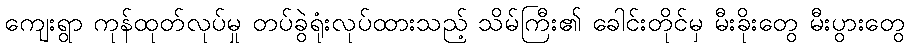
ကျေးရွာ ကုန်ထုတ်လုပ်မှု တပ်ခွဲရုံးလုပ်ထားသည့် သိမ်ကြီး၏ ခေါင်းတိုင်မှ မီးခိုးတွေ မီးပွားတွေ